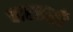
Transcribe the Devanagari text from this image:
चाररुसी